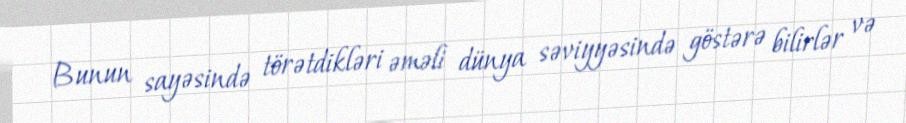
Bunun sayəsində törətdikləri əməli dünya səviyyəsində göstərə bilirlər və